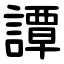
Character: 譚